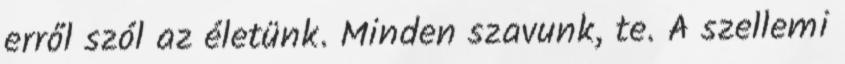
erről szól az életünk. Minden szavunk, te. A szellemi